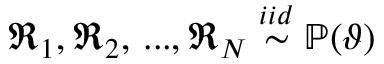
\mathfrak { R } _ { 1 } , \mathfrak { R } _ { 2 } , \, . . . , \mathfrak { R } _ { N } \overset { i i d } { \sim } \mathbb { P } ( \vartheta )